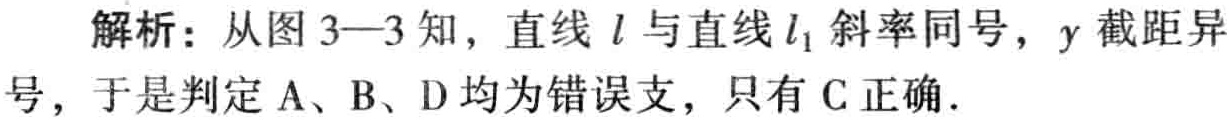
解析：从图 3—3 知，直线 \(l\) 与直线 \(l_{1}\) 斜率同号，\(y\) 截距异号，于是判定 A、B、D 均为错误支，只有 C 正确．